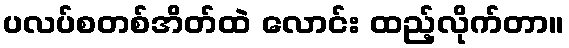
ပလပ်စတစ်အိတ်ထဲ လောင်း ထည့်လိုက်တာ။